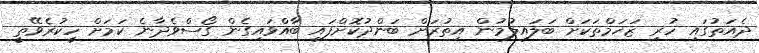
ދެއަތުގައި ހުރި ޒަޚަމްތަކަށް ބަލައިލުމުން އިތުރަށް ބަންދުކޮށްފައި ބާއްވައިގެން ގޯސްވެދާނެ ކަމަށް ހީކުރެވޭތީ